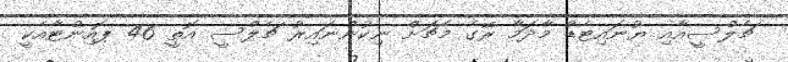
ޗެލްސީއާއި ޔުނައިޓެޑް މާދަމާ ރޭގެ މެޗަށް ނިކުންނައިރު ޗެލްސީ އޮތީ 46 ޕޮއިންޓާއެކީ